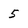
Character: 5